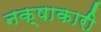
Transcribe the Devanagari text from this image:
नक्षाकारी